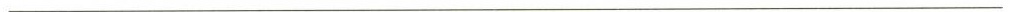
___